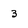
Character: 3